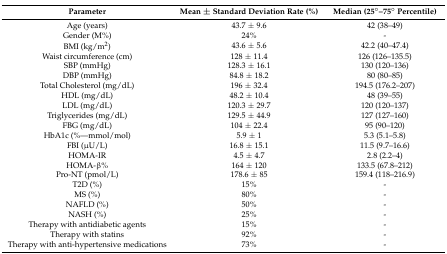
| Parameter | Mean ± Standard Deviation Rate (%) | Median (25°–75° Percentile) |
 | --- | --- | --- |
 | Age (years) | 43.7 ± 9.6 | 42 (38–49) |
 | Gender (M%) | 24% | - |
 | BMI (kg/m2) | 43.6 ± 5.6 | 42.2 (40–47.4) |
 | Waist circumference (cm) | 128 ± 11.4 | 126 (126–135.5) |
 | SBP (mmHg) | 128.3 ± 16.1 | 130 (120–136) |
 | DBP (mmHg) | 84.8 ± 18.2 | 80 (80–85) |
 | Total Cholesterol (mg/dL) | 196 ± 32.4 | 194.5 (176.2–207) |
 | HDL (mg/dL) | 48.2 ± 10.4 | 48 (39–55) |
 | LDL (mg/dL) | 120.3 ± 29.7 | 120 (120–137) |
 | Triglycerides (mg/dL) | 129.5 ± 44.9 | 127 (127–160) |
 | FBG (mg/dL) | 104 ± 22.4 | 95 (90–120) |
 | HbA1c (%—mmol/mol) | 5.9 ± 1 | 5.3 (5.1–5.8) |
 | FBI (μU/L) | 16.8 ± 15.1 | 11.5 (9.7–16.6) |
 | HOMA-IR | 4.5 ± 4.7 | 2.8 (2.2–4) |
 | HOMA-β% | 164 ± 120 | 133.5 (67.8–212) |
 | Pro-NT (pmol/L) | 178.6 ± 85 | 159.4 (118–216.9) |
 | T2D (%) | 15% | - |
 | MS (%) | 80% | - |
 | NAFLD (%) | 50% | - |
 | NASH (%) | 25% | - |
 | Therapy with antidiabetic agents | 15% | - |
 | Therapy with statins | 92% | - |
 | Therapy with anti-hypertensive medications | 73% | - |